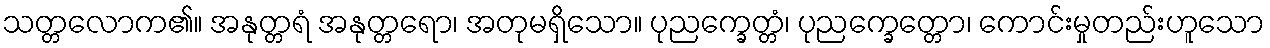
သတ္တလောက၏။ အနုတ္တရံ အနုတ္တရော၊ အတုမရှိသော။ ပုညက္ခေတ္တံ၊ ပုညက္ခေတ္တော၊ ကောင်းမှုတည်းဟူသော